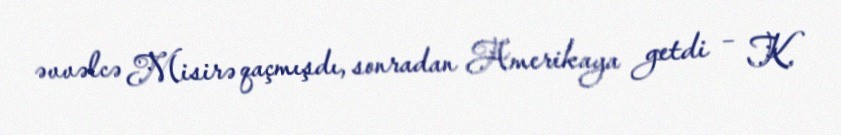
əvvəlcə Misirə qaçmışdı, sonradan Amerikaya getdi – K.